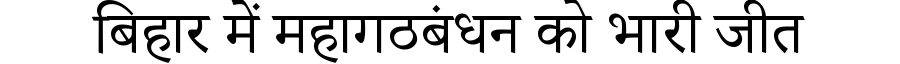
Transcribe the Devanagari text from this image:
बिहार में महागठबंधन को भारी जीत